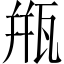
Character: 甁